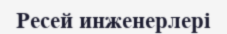
Ресей инженерлері